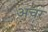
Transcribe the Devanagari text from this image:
अचर